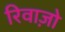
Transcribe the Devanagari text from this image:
रिवाज़ो